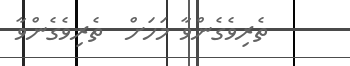
ތެރިވެގެންވާ މަހަށް  ތެރިވެގެންވާ